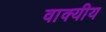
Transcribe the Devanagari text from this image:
वाक्यीय